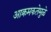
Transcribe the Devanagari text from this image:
आक्रमकतेमुळे